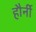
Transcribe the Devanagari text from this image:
हौर्नी